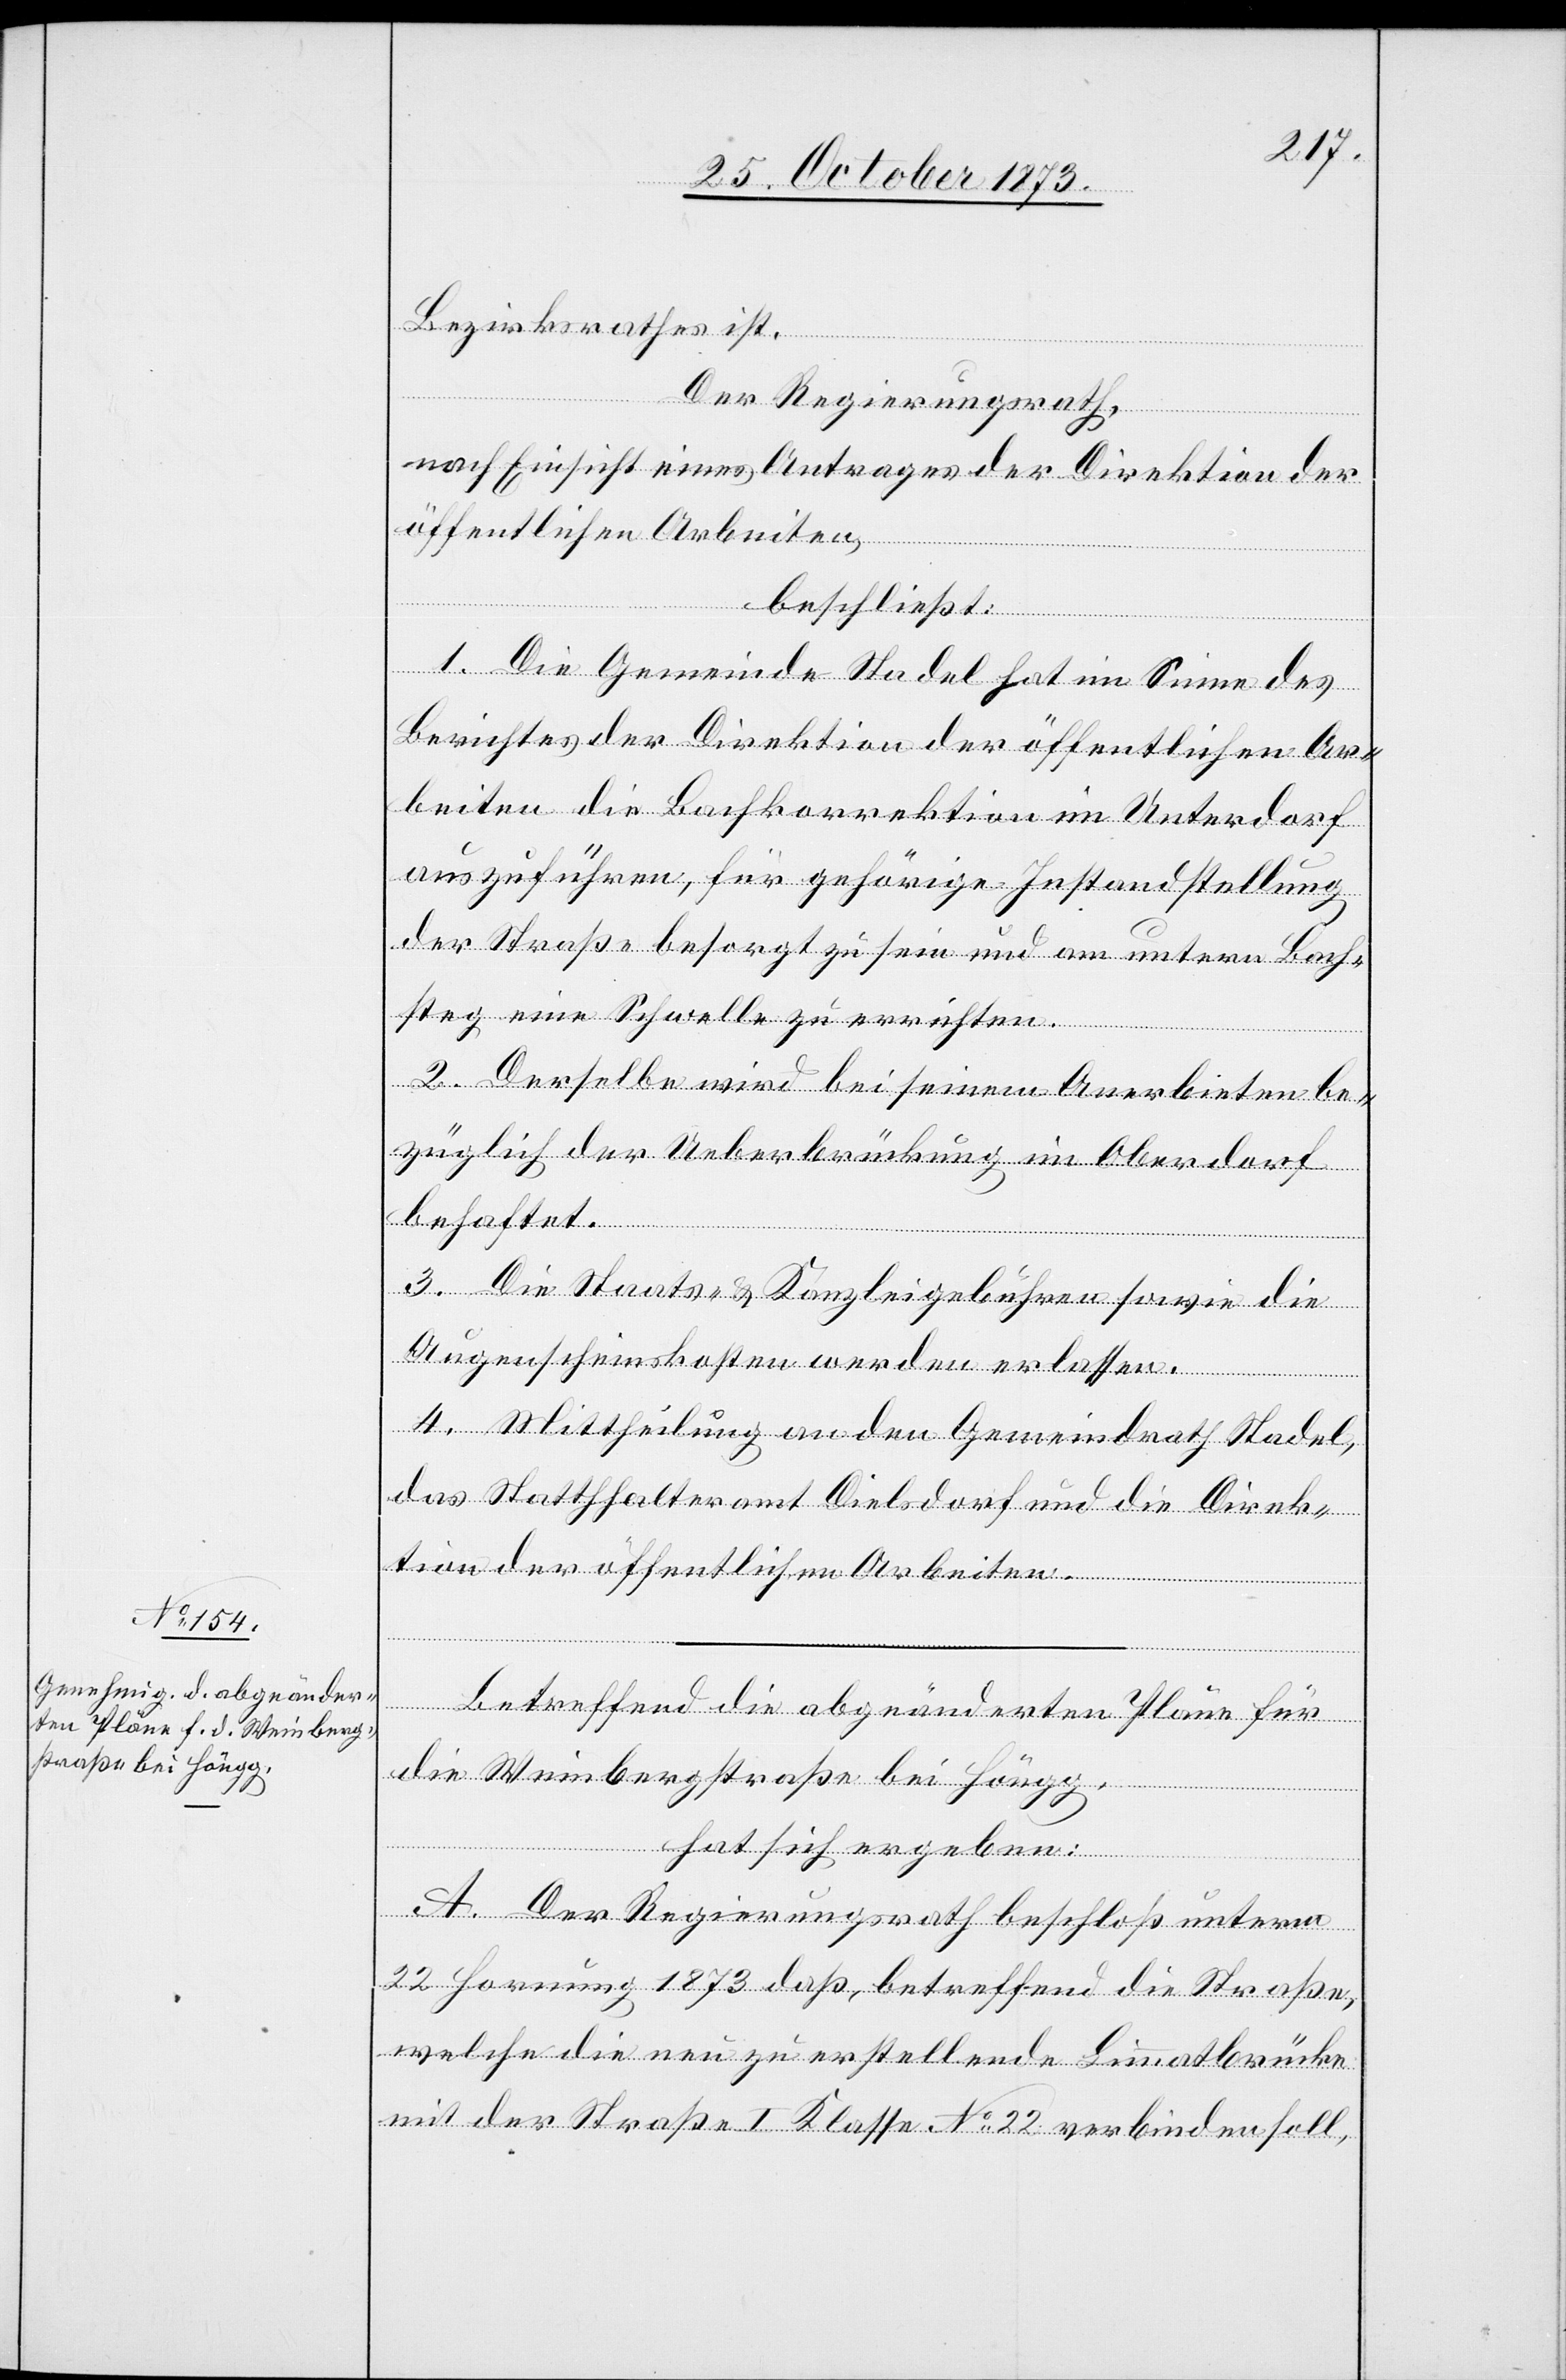
Bezirksrathes ist.
Der Regierungsrath,
nach Einsicht eines Antrages der Direktion der
öffentlichen Arbeiten,
beschließt:
1. Die Gemeinde Stadel hat im Sinne des
Berichtes der Direktion der öffentlichen Ar¬
beiten die Bachkorrektion im Unterdorf
auszuführen, für gehörige Instandstellung
der Straße besorgt zu sein und am untern Bach¬
steg eine Schwelle zu errichten.
2. Derselbe [sic!] wird bei seinem Anerbieten be¬
züglich der Ueberbrückung im Oberdorf
behaftet.
3. Die Staats- & Kanzleigebühren sowie die
Augenscheinskosten werden erlassen.
4. Mittheilung an den Gemeindrath Stadel,
das Statthalteramt Dielsdorf und die Direk¬
tion der öffentlichen Arbeiten.
Betreffend die abgeänderten Pläne für
die Weinbergstraße bei Höngg,
hat sich ergeben:
A. Der Regierungsrath beschloß unterm
22 Hornung 1873 daß, betreffend die Straße,
welche die neu zu erstellende Limmatbrücke
mit der Straße I Klasse No 22 verbinden soll,